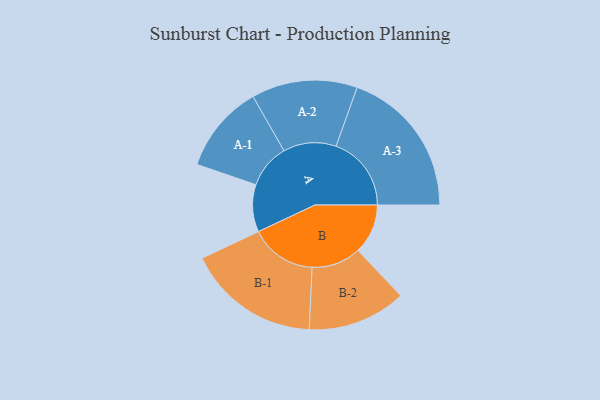
{"axis": {"x": "Segment", "y": "Value"}, "legend": ["", "A", "B"], "data": [{"x": "A", "y": 184, "type": ""}, {"x": "B", "y": 194, "type": ""}, {"x": "A-1", "y": 172, "type": "A"}, {"x": "A-2", "y": 206, "type": "A"}, {"x": "A-3", "y": 293, "type": "A"}, {"x": "B-1", "y": 259, "type": "B"}, {"x": "B-2", "y": 192, "type": "B"}]}